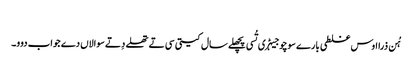
‏
ہُن ذرا اوس غلطی بارے سوچو جیہڑ‌ی تُسی پچھلے سال کیتی سی تے تھلے دِتے سوالاں دے جواب دوو۔